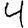
Digit: 4